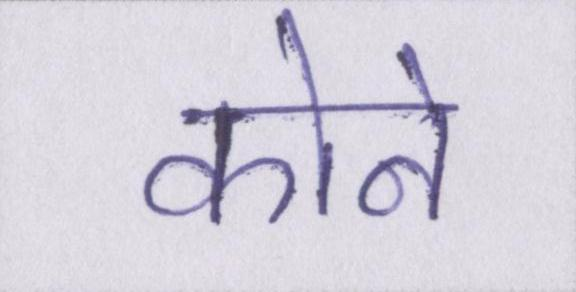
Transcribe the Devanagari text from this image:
कोने